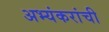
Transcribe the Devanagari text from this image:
अभ्यंकरांची